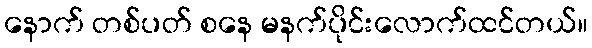
နောက် တစ်ပတ် စနေ မနက်ပိုင်းလောက်ထင်တယ်။